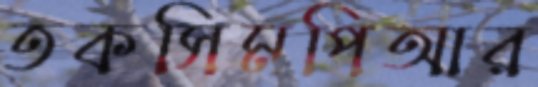
তকসিমপিআর